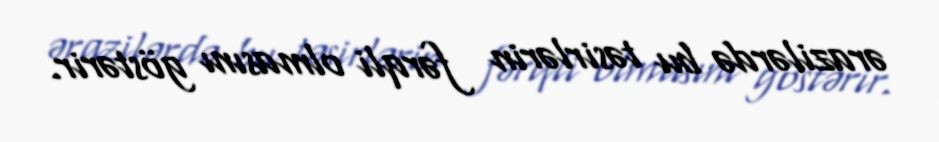
ərazilərdə bu təsirlərin fərqli olmasını göstərir.